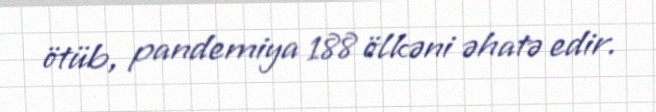
ötüb, pandemiya 188 ölkəni əhatə edir.